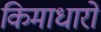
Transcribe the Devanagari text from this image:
किमाधारो